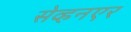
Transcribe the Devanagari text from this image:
सेव्हनएर